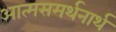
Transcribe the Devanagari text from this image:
आत्मसमर्थनार्थ